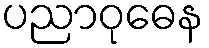
ပညာဝုဓေန